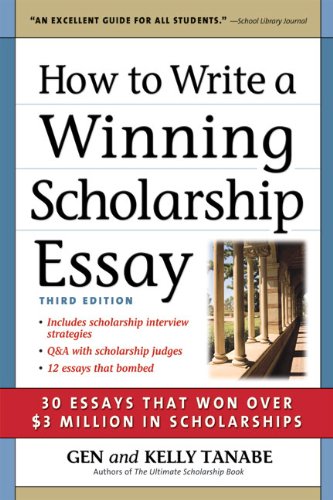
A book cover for How to Write a Winning Scholarship Essay: 30 Essays That Won Over $3 Million in Scholarships; Gen Tanabe; Business & Money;